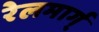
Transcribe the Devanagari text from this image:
रेलमार्ग्